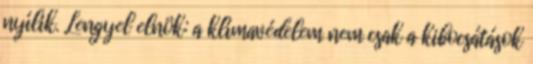
nyílik. Lengyel elnök: a klímavédelem nem csak a kibocsátások